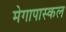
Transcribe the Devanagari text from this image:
मेगापास्कल